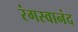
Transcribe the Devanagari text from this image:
रंगस्वानंद